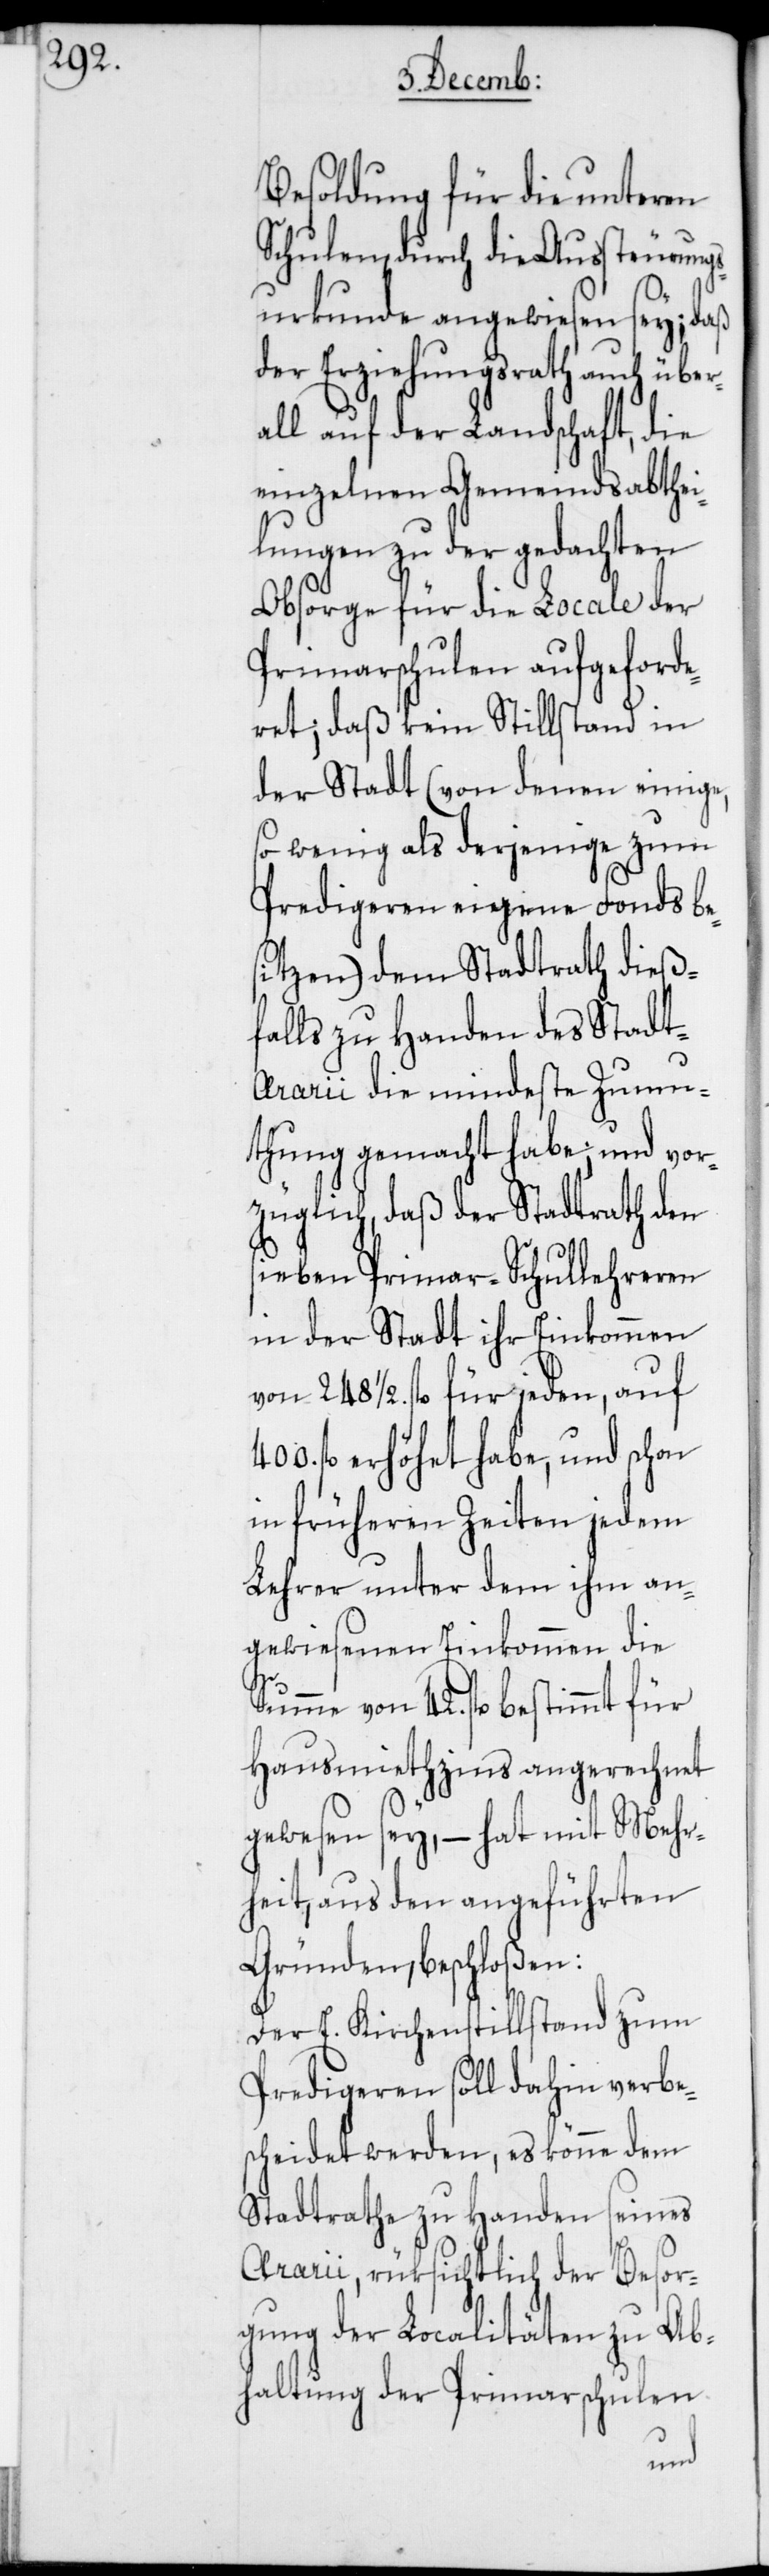
Besoldung für die unteren
Schulen, durch die Aussteurungs¬
urkunde angewiesen sey; daß
der Erziehungsrath auch übe¬
all auf der Landschaft, die
einzelnen Gemeindsabthei¬
lungen zu der gedachten
Obsorge für die Locale der
Primarschulen aufgeforde¬
ret; daß kein Stillstand in
der Stadt (von denen einige,
so wenig als derjenige zum
Predigeren eigene Fonds be¬
sitzen) dem Stadtrath dieß¬
falls zu Handen des Stadt-A¬
rarii die mindeste Zumu¬
thung gemacht habe; und vor¬
züglich, daß der Stadtrath den
sieben Primar-Schullehreren
in der Stadt ihr Einkommen
von 248 1/2. fl. für jeden, auf
fl. erhöhet habe, und schon
in früheren Zeiten jedem
Lehrer unter dem ihm an¬
gewiesenen Einkommen die
Summe von 42. fl. bestimmt für
Hausmiethzins angerechnet
gewesen sey, – hat mit Mehr¬
heit, aus den angeführten
Gründen, beschloßen:
Der E. Kirchenstillstand zum
Predigeren soll dahin verbe¬
scheidet werden, es könne dem
Stadtrathe zu Handen seines
Ararii, rüksichtlich der Besor¬
gung der Localitäten zu Ab¬
haltung der Primarschulen
r¬